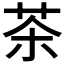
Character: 茶